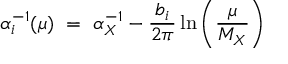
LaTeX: \alpha _ { i } ^ { - 1 } ( \mu ) \ = \ \alpha _ { X } ^ { - 1 } - { \frac { b _ { i } } { 2 \pi } } \ln \left( { \frac { \mu } { M _ { X } } } \right)